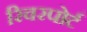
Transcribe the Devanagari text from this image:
रिवरपोर्ट